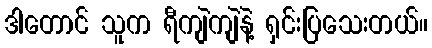
ဒါတောင် သူက ရီကျဲကျဲနဲ့ ရှင်းပြသေးတယ်။